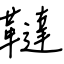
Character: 韃